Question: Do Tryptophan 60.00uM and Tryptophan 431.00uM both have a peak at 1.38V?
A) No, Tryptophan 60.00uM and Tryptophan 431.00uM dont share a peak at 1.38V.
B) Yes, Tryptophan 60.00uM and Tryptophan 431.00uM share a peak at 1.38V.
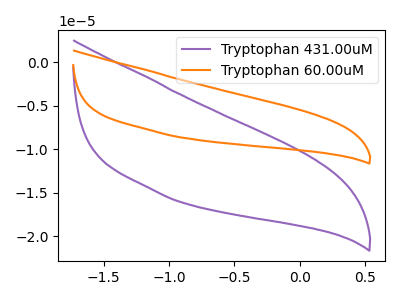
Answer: <think>The purple curve "Tryptophan 431.00uM" has no peaks. The orange curve "Tryptophan 60.00uM" has no peaks.</think>
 <answer>A) No, "Tryptophan 60.00uM" and "Tryptophan 431.00uM" dont share a peak at 1.38V.</answer>
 <eval>A</eval>